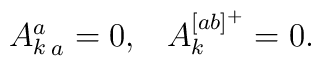
\matrix{{A_k^a}_{\, a}=0,& A_k^{[ab]^+}=0.}